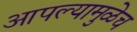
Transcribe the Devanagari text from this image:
आपल्यामुळेच